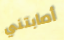
أصابتني